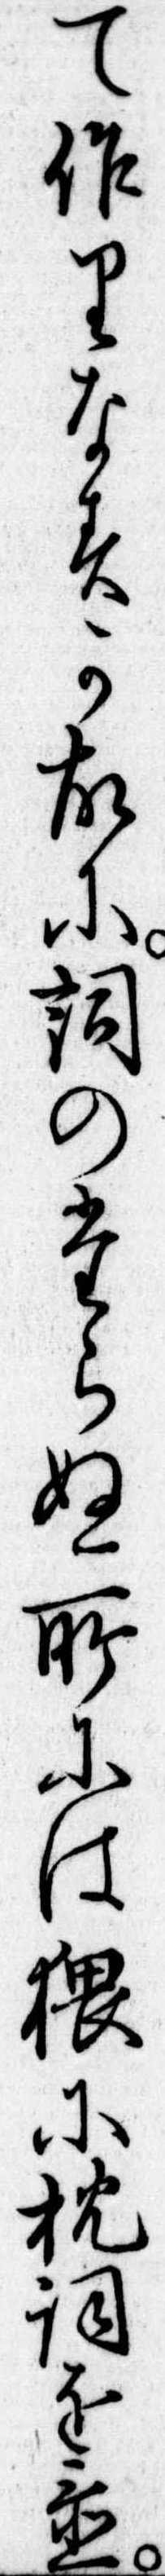
て作りなすか故に詞のたらぬ所には猥に枕詞を置